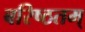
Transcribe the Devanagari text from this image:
बरिष्ठतम्